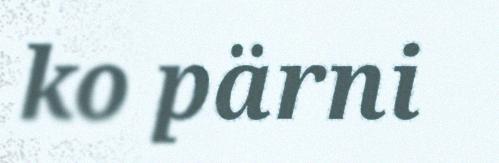
ko pärni